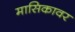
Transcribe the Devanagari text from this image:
मासिकावर